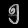
Digit: ၅